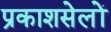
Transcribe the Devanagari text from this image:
प्रकाशसेलों